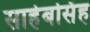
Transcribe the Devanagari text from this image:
साहेबसिंह